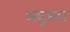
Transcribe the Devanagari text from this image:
अडुस्टा